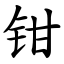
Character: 钳